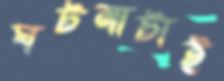
ঘটনাটাই